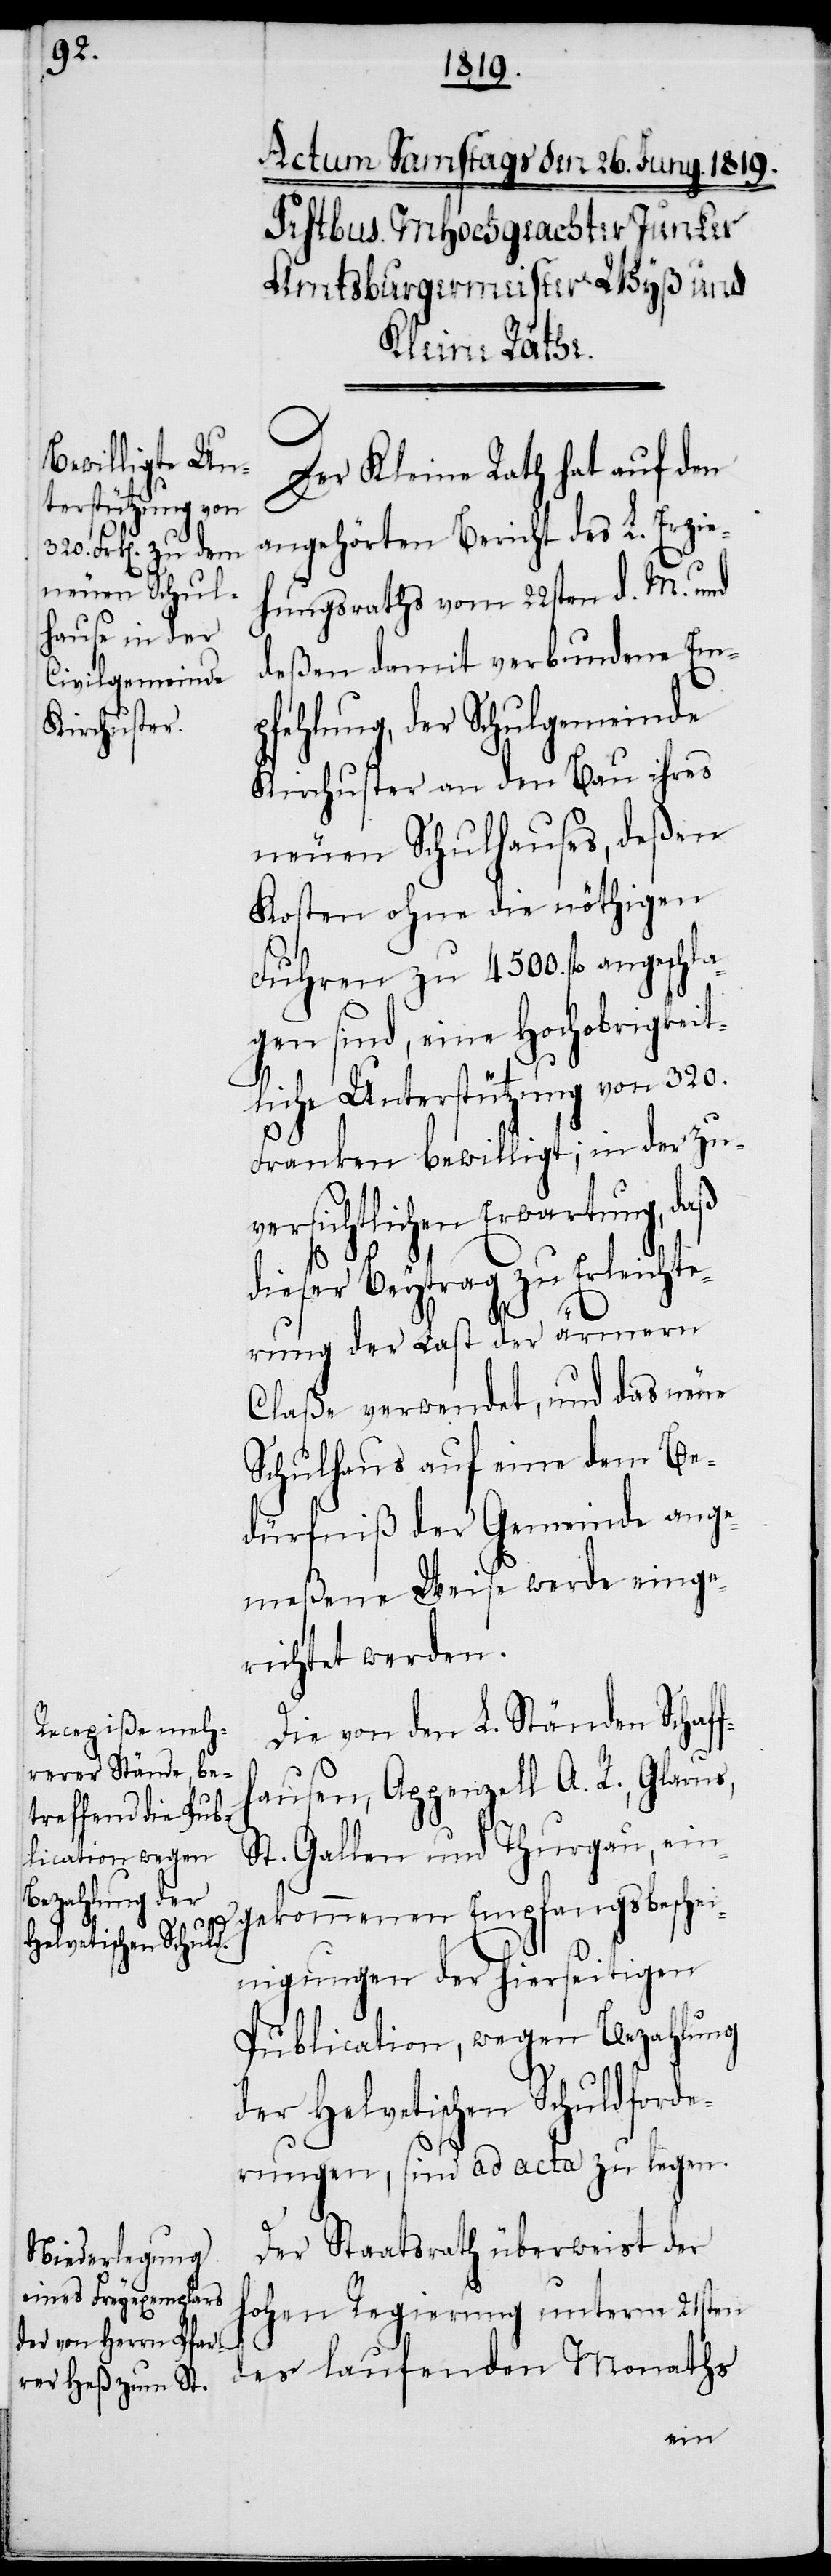
Der Kleine Rath hat auf den
angehörten Bericht des L. Erzie¬
hungsraths vom 22sten d. M. und
deßen damit verbundene Em¬
pfehlung, der Schulgemeinde
Kirchuster an den Bau ihres
neuen Schulhauses, deßen
Kosten ohne die nöthigen
Fuhren zu 4500. fl. angeschla¬
gen sind, eine Hochobrigkeit¬
liche Unterstützung von 320.
Franken bewilligt; in der zuv¬
ersichtlichen Erwartung, daß
dieser Beytrag zu Erleichte¬
rung der Last der ärmern
Claße verwendet, und das neue
Schulhaus auf eine dem Be¬
dürfniß der Gemeinde ange¬
meßene Weise werde einge¬
richtet werden.
Die von den L. Ständen Schaff¬
hausen, Appenzell A. R., Glarus,
St. Gallen und Thurgau, ein¬
gekommenen Empfangsbeschei¬
nigungen der hierseitigen
Publication, wegen Bezahlung
der Helvetischen Schuldforde¬
rungen, sind ad acta zu legen.
Der Staatsrath überweist der
hohen Regierung unterm 21sten
des laufenden Monaths